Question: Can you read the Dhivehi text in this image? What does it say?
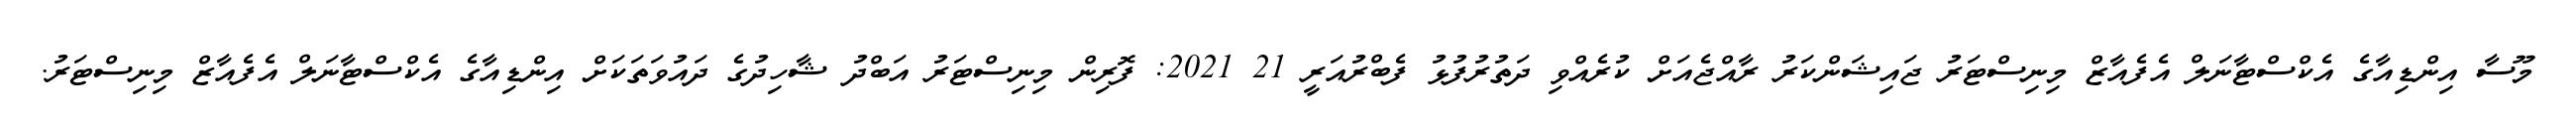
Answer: މޫސާ އިންޑިއާގެ އެކްސްޓާނަލް އެފެއާޒް މިނިސްޓަރު ޖައިޝަންކަރު ރާއްޖެއަށް ކުރެއްވި ދަތުރުފުޅު ފެބްރުއަރީ 21 2021: ފޮރިން މިނިސްޓަރު އަބްދު ޝާހިދުގެ ދައުވަތަކަށް އިންޑިއާގެ އެކްސްޓާނަލް އެފެއާޒް މިނިސްޓަރު.